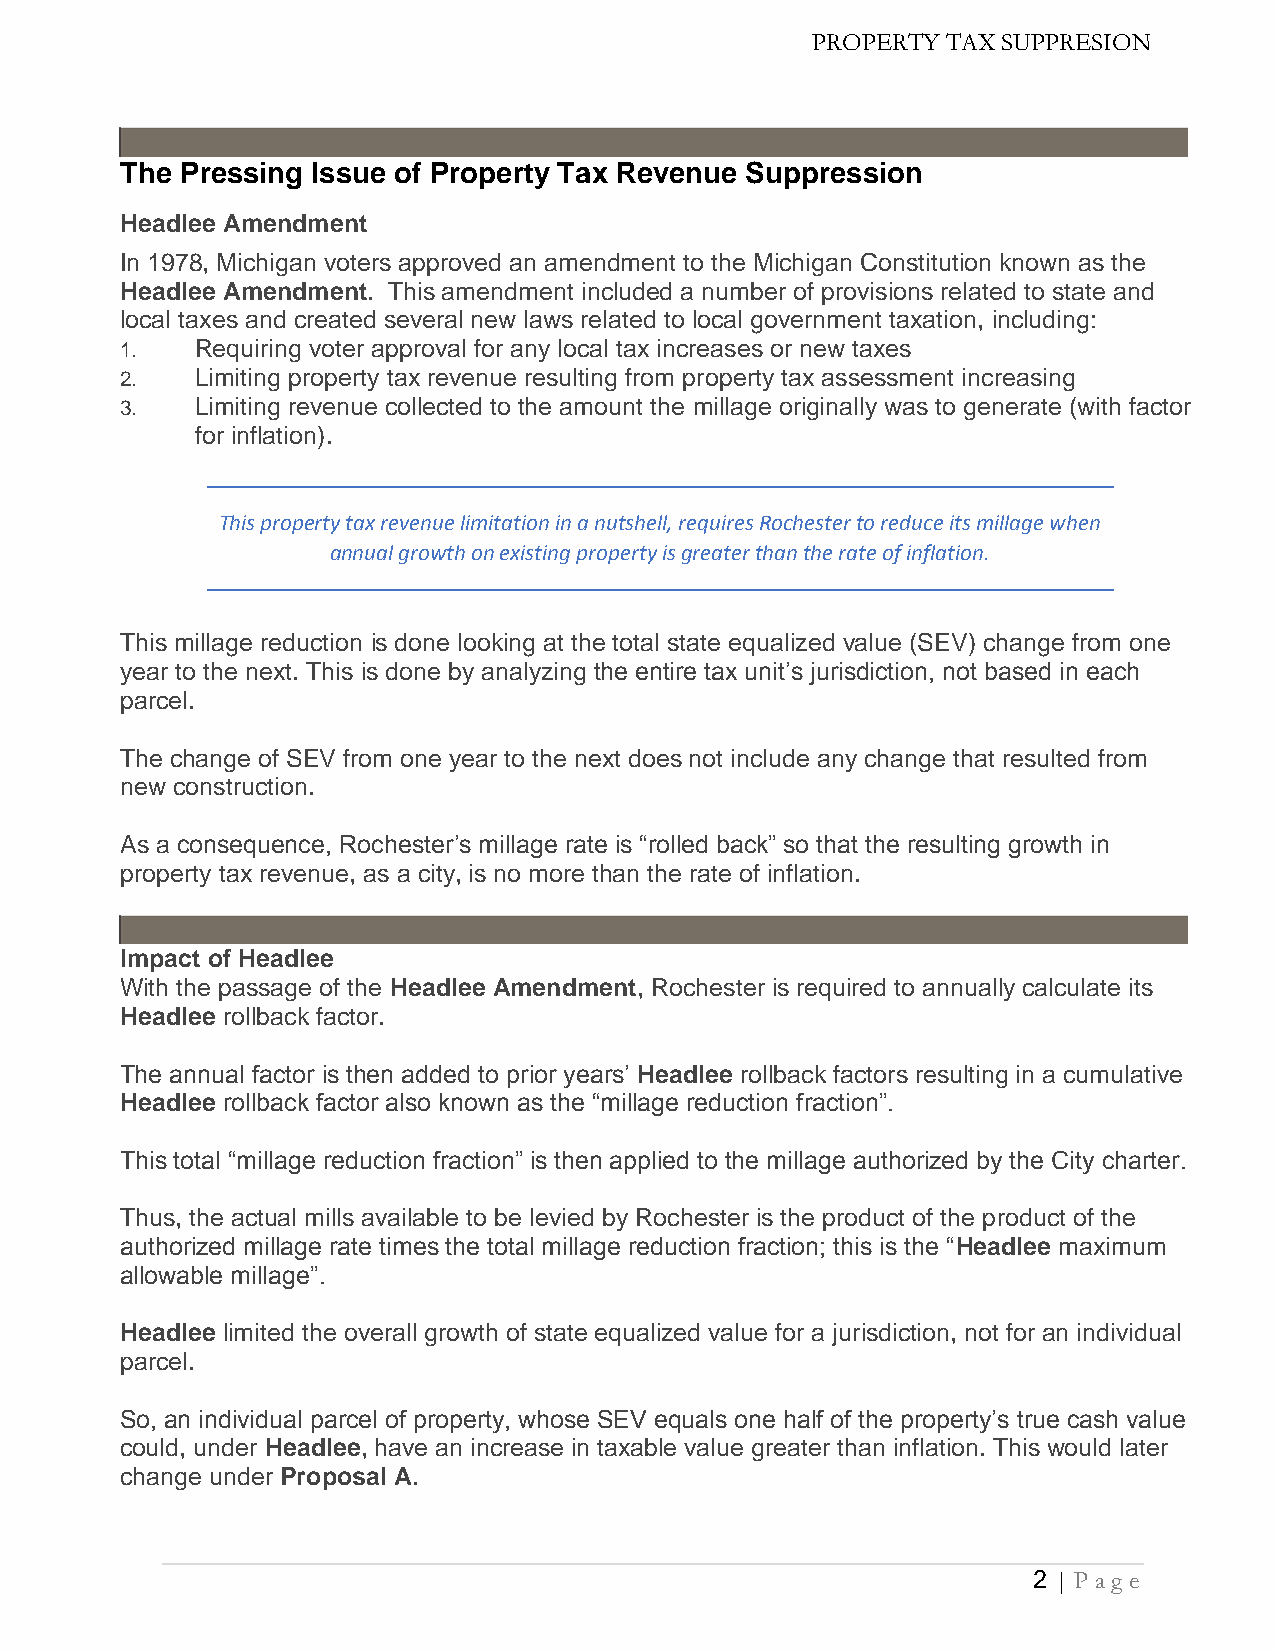
The Pressing Issue of Property Tax Revenue Suppression
 Headlee Amendment
 In 1978, Michigan voters approved an amendment to the Michigan Constitution known as the
 Headlee Amendment. This amendment included a number of provisions related to state and
 local taxes and created several new laws related to local government taxation, including:
 1.   Requiring voter approval for any local tax increases or new taxes
 2.   Limiting property tax revenue resulting from property tax assessment increasing
 3.   Limiting revenue collected to the amount the millage originally was to generate (with factor
 for inflation).
 This property tax revenue limitation in a nutshell, requires Rochester to reduce its millage when
 annual growth on existing property is greater than the rate of inflation.
 This millage reduction is done looking at the total state equalized value (SEV) change from one
 year to the next. This is done by analyzing the entire tax unit’s jurisdiction, not based in each
 parcel.
 The change of SEV from one year to the next does not include any change that resulted from
 new construction.
 As a consequence, Rochester’s millage rate is “rolled back” so that the resulting growth in
 property tax revenue, as a city, is no more than the rate of inflation.
 Impact of Headlee
 With the passage of the Headlee Amendment, Rochester is required to annually calculate its
 Headlee rollback factor.
 The annual factor is then added to prior years’ Headlee rollback factors resulting in a cumulative
 Headlee rollback factor also known as the “millage reduction fraction”.
 This total “millage reduction fraction” is then applied to the millage authorized by the City charter.
 Thus, the actual mills available to be levied by Rochester is the product of the product of the
 authorized millage rate times the total millage reduction fraction; this is the “Headlee maximum
 allowable millage”.
 Headlee limited the overall growth of state equalized value for a jurisdiction, not for an individual
 parcel.
 So, an individual parcel of property, whose SEV equals one half of the property’s true cash value
 could, under Headlee, have an increase in taxable value greater than inflation. This would later
 change under Proposal A.
 2 | Pa g e